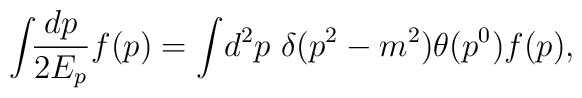
\int\!\!\frac{dp}{2E_{p}}f(p) = \int\!d^{2}p\ \delta(p^{2}-m^{2}) \theta(p^{0}) f(p),